Indian journal of veterinary science and animal husbandry - Volume 14,
Year: 1944
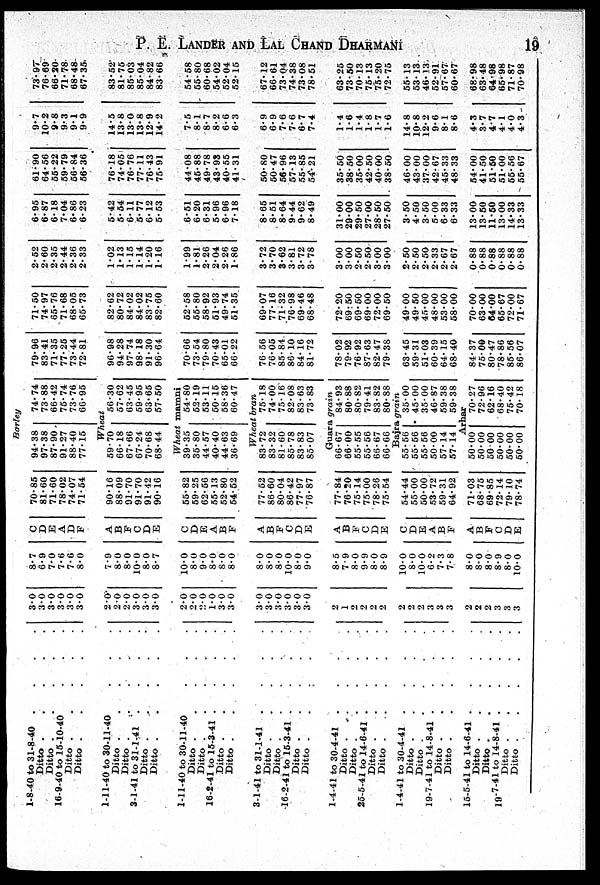
P. E. LANDER AND LAL CHAND DHARMANI 19
1-8-40 to 31-8-40 .
.
.
.
Ditto
.
.
.
.
Ditto
.
.
.
.
16-9-40
to 15-10-40 . . .
Ditto
.
.
.
.
Ditto
.
.
.
.
1-11-40 to 30-11-40 . . .
Ditto
.
.
.
.
Ditto
.
.
.
.
3-1-41 to 31-1-41 . . . .
Ditto . . . .
Ditto .
.
.
.
.
1-11-40 to 30-11-40 . . . .
Ditto . . . .
Ditto . . . .
16-2-41 to 15-3-41
.
.
.
.
Ditto . . . .
Ditto . . . .
3-1-41 to 31-1-41 . . . .
Ditto . . . .
Ditto . . . .
16-2-41 to 15-3-41 . . . .
Ditto . . . .
Ditto . . . .
1-4-41 to 30-4-41 . . . .
Ditto . . . .
Ditto . . . .
25-5-41 to 14-6-41
Ditto . . . .
Ditto . . . .
1-4-41 to 30-4-41 . . . .
Ditto . . . .
Ditto . . . .
19-7-41 to 14-8-41 . . . .
Ditto . . . .
Ditto . . . .
15-5-41 to 14-6-41 . . . .
Ditto . . . .
Ditto . . . .
19-7-41 to 14-8-41 . . . .
Ditto . . . .
Ditto . . . .
Barley
3.0
3.0
3.0
3.0
3.0
3.0
8.7
6.9
7.0
7.6
7.6
8.0
C
D
E
A
D
F
70.85
81.60
71.60
78.02
74.07
71.54
94.38
97.38
87.90
91.27
88.40
77.15
74.74
73.88
66.42
75.74
73.76
66.95
79.96
83.41
71.35
77.25
73.44
72.81
71.50
74.97
65.76
71.68
68.05
65.73
2.52
2.60
2.35
2.44
2.36
2.33
6.95
6.87
6.18
7.04
6.86
6.23
61 - 90
64.56
55.22
59.79
56.84
56.36
9.7
10.2
9.8
9.3
9.1
9.9
73.97
76.69
66.20
71.78
68.48
67.35
Wheat
2.0
2.0
2.0
3.0
3.0
3.0
7.9
8.0
8.0
10.0
8.0
8.7
A
B
F
C
D
E
90.16
88.09
91.70
91.70
91.42
90.16
59.70
66.18
67.66
67.24
70.68
68.44
56.30
57.62
63.45
59.95
63.65
57.50
96.98
94.28
97.74
98.18
91.30
96.64
82.62
80.72
84.02
84.02
83.75
82.60
1.02
1.13
1.15
1.14
1.20
1.16
5.42
5.54
6.11
5.77
6.12
5.53
76.18
74.05
76.76
77.11
76.43
75.91
14.5
13.8
13.0
13.8
12.9
14.2
83.52
81.75
85.03
85.04
84.82
83.66
Wheat mamni
2.0
2.0
2.0
1.0
3.0
3.0
10.0
8.0
9.0
8.0
8.0
8.0
C
D
E
A
B
F
55.82
59.25
62.56
55.13
52.80
54.52
39.35
35.80
44.57
40.40
44.63
36.69
54.80
52.19
53.11
50.15
58.36
60.47
70.66
73.54
79.80
70.43
65.01
66.22
52.58
55.80
58.92
51.93
49.74
51.35
1.99
1.81
2.26
2.04
2.26
1.86
6.51
6.20
6.31
5.96
6.96
7.18
44.08
45.88
49.78
43.93
40.55
41.31
7.5
8.1
8.7
8.2
6.6
6.3
54.58
55.80
60.68
54.02
52.04
52.15
Wheat bran
3.0
30
3.0
3.0
3.0
3.0
8.0
8.0
8.0
10.0
8.0
9.0
A
B
F
C
D
E
77.52
86.60
80.04
86.42
77.97
76.87
83.72
83.32
81.60
85.78
83.83
85.07
75.18
74.00
75.16
82.08
83.63
73.83
76.56
76.05
85.84.
86.10
84.16
81.72
69.07
77.16
71.32
76.98
69.46
68.48
3.72
3.70
3.62
3.81
3.72
3.78
8.65
8.51
8.64
9.44
9.62
8.49
50.80
50.47
56.96
57.13
55.85
54.21
6.9
6.9
7.6
7.6
6.7
7.4
67.12
66.61
73.04
74.38
73.08
78.51
Guara grain
2
1
2
2
2
2
8.5
7.9
8.0
9.9
8.0
8.9
A
B
F
C
D
E
77.84
76.20
75.14
75.00
78.26
75.54
66.67
66.00
55.55
55.56
66.67
66.66
84.93
80.88
80.82
79.41
83.82
80.88
78.02
79.92
76.92
87.63
82.47
79.38
72.20
69.50
69.50
69.00
72.00
69.50
3.00
3.00
2.50
2.50
3.00
3.00
31.00
29.00
29.50
27.00
28.50
27.50
35.50
38.50
35.00
42.50
40.00
38.50
1.4
1.6
1.4
1.8
1.7
1.6
63.25
73.50
70.13
75.13
75.20
72.75
Bajra grain
2
2
2 3
3
3
10.0
8.0
10.0
6.2
7.3
7.8
C
D
E
A
B
F
54.44
55.00
50.00
53.72
59.31
64.92
55.56
55.56
55.56
50.00
57.14
57.14
35.00
45.00
35.00
46.87
59.38
59.38
63.45
59.31
51.03
60.39
64.15
68.40
49.00
49.50
45.00
48.00
53.00
58.00
2.50
2.50
2.50
2.33
2.67
2.67
3.50
4.50
3.50
5.00
6.33
6.33
46.00
43.00
37.00
42.67
45.33
48.33
14.8
10.8
12.2
9.6
8.1
8.6
55.13
53.13
46.13
52.91
57.67
60.67
Arhar
2
2
2
3
3
3
8.0
8.0
8.0
8.9
8.0
10.0
A
B
F
C
D
E
71.03
68.75
69.85
72.14
79.10
78.74
50.00
50.00
50.00
50.00
50.00
50.00
70.27
72.96
62.16
68.40
75.42
70.18
84.37
75.00
80.47
78.86
85.56
86.07
70.00
63.00
64.00
65.67
72.00
71.67
0.88
0.88
0.88
0.88
0.88
0.88
13.00
13.50
11.50
13.00
14.33
13.33
54.00
41.50
51.50
51.00
55.56
55.67
4.3
3.7
47
4.1
4.0
4.3
68.98
63.48
64.98
65.98
71.87
70.98